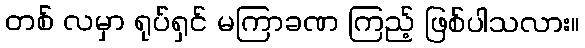
တစ် လမှာ ရုပ်ရှင် မကြာခဏ ကြည့် ဖြစ်ပါသလား။